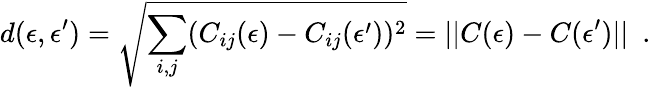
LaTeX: d(\epsilon,\epsilon^{\prime})=\sqrt{\sum_{i,j}(C_{ij}(\epsilon)-C_{ij}(\epsilon^{\prime}))^{2}}=||C(\epsilon)-C(\epsilon^{\prime})||~~.